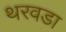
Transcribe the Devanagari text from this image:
थरवडा